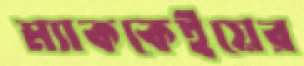
ম্যাককেইয়ের